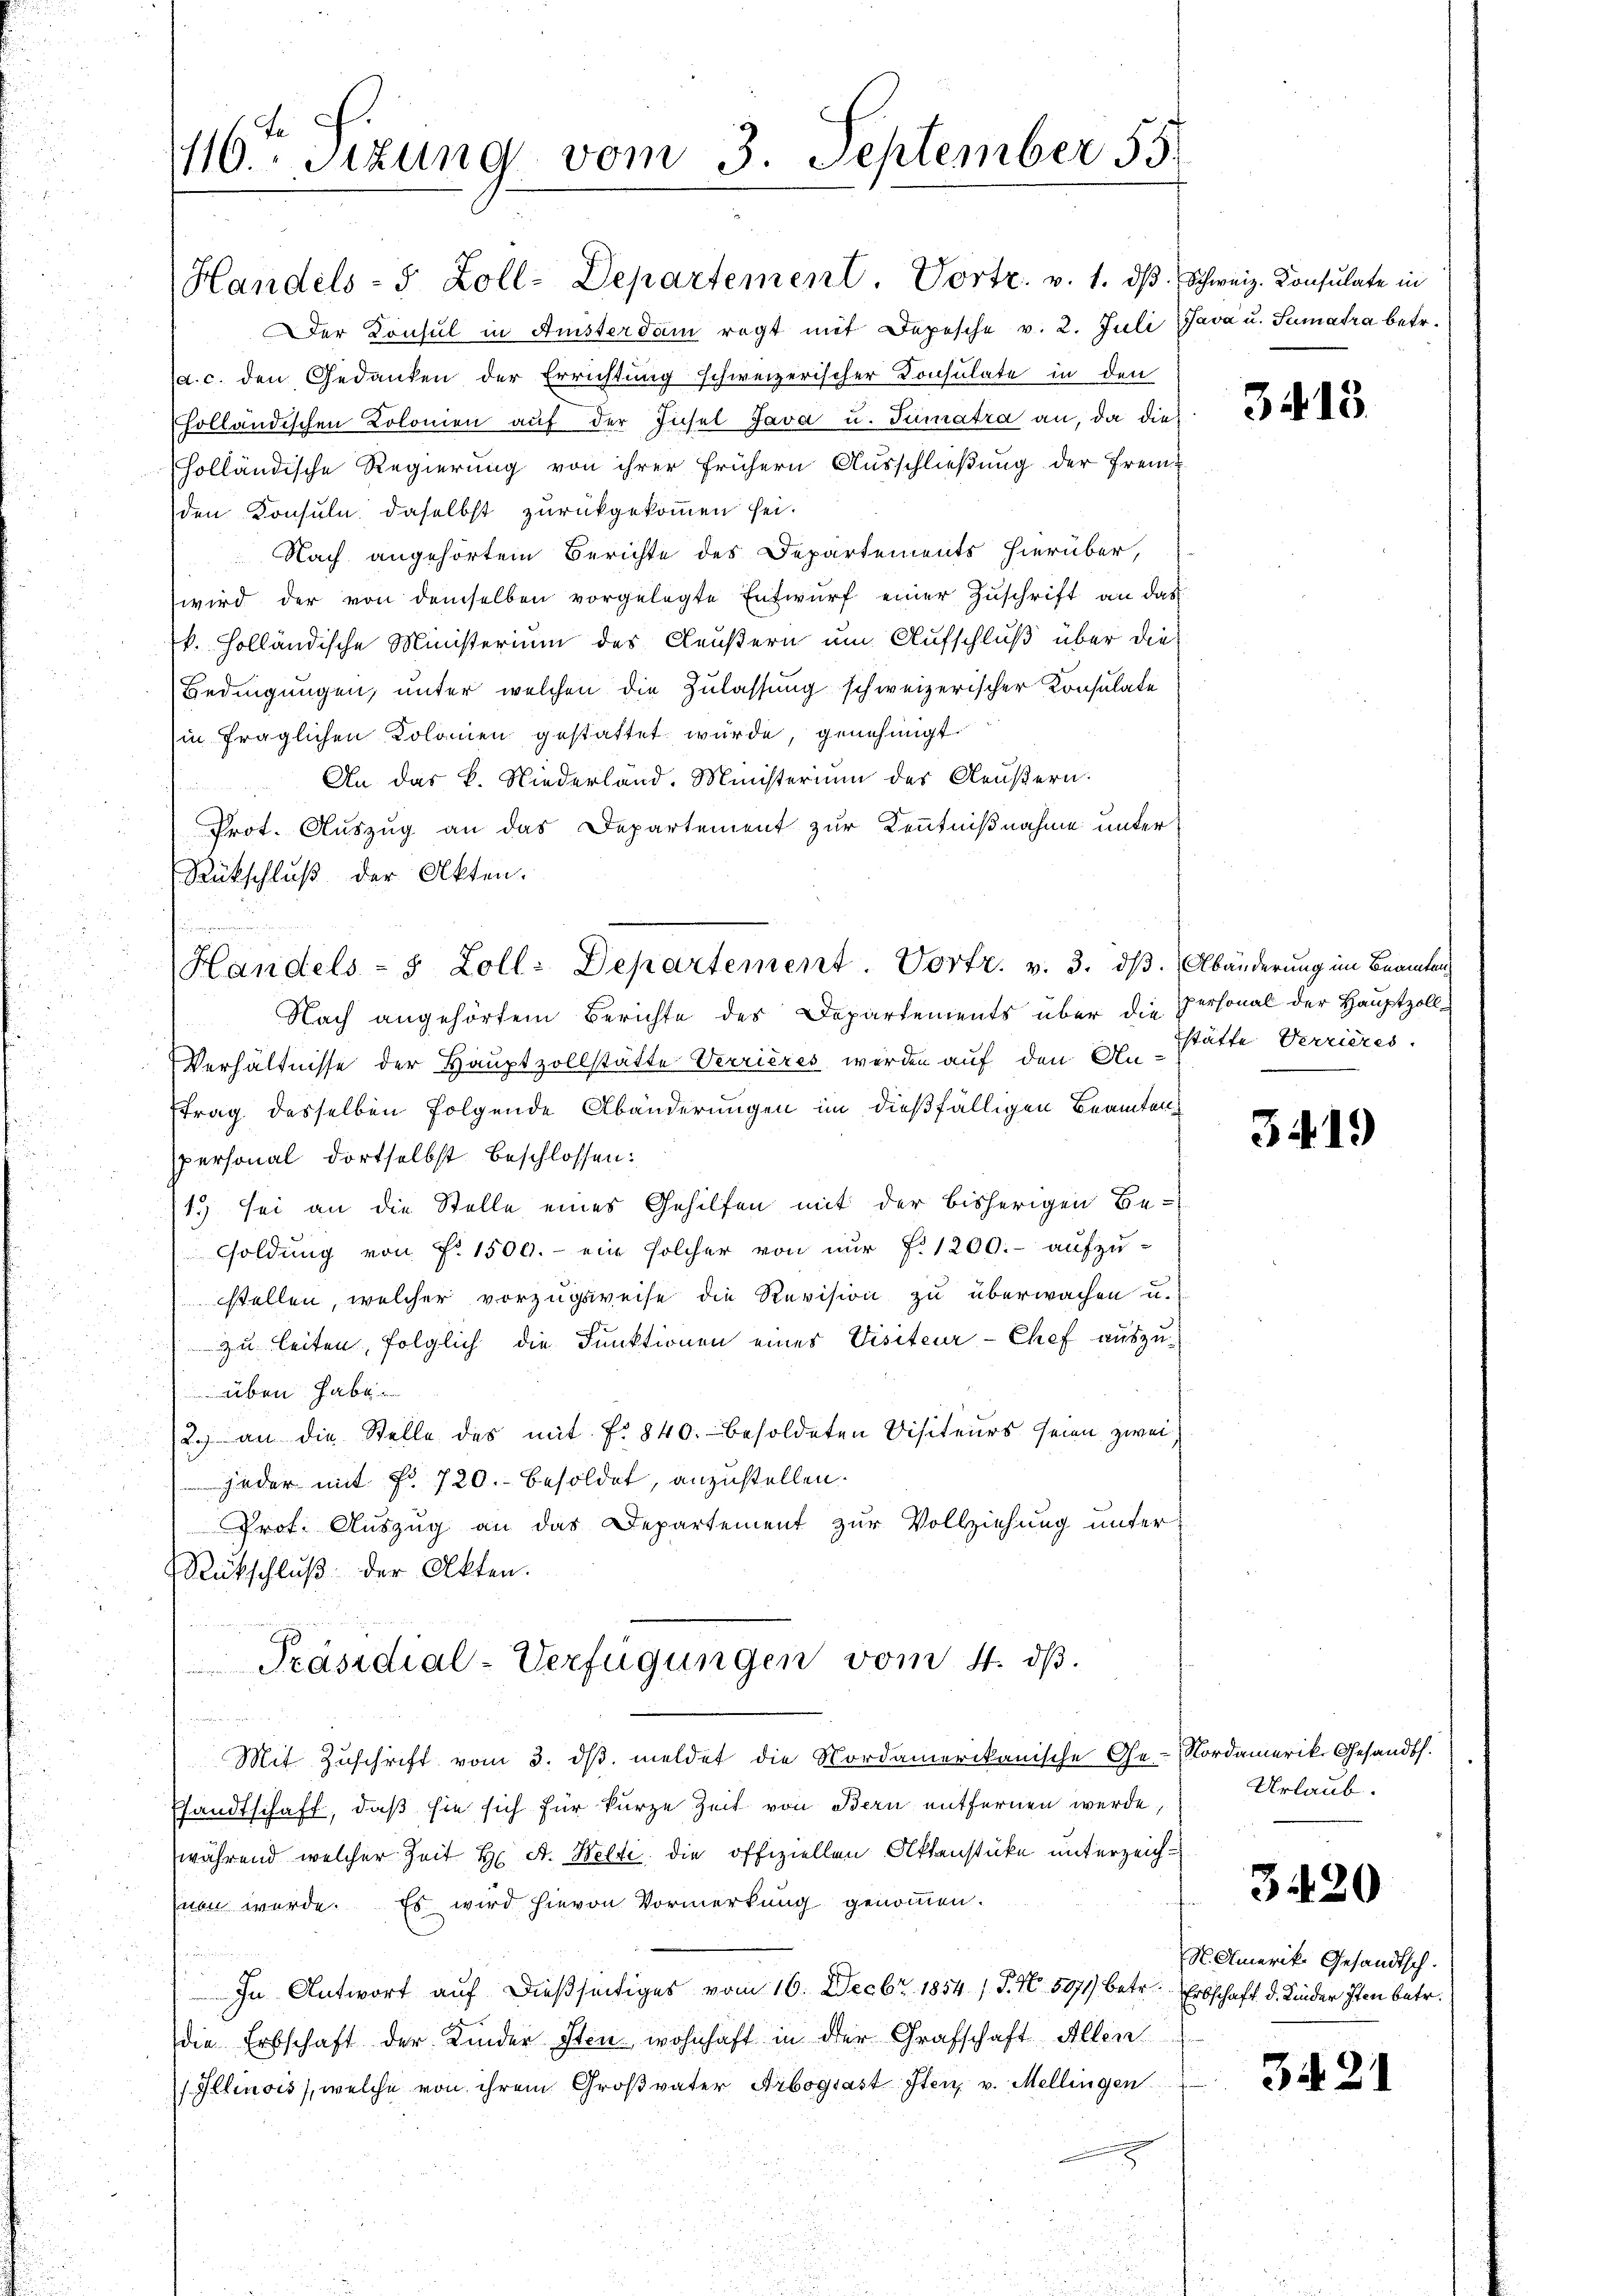
116ten Sizung vom 3. September 55.

Rückschluß der Akten.

Der Konsul in Ansterdam ragt mit Depesche v. 2. Juli (Java u. Sumatra betr.
(a. c. den Gedanken der Errichtung schweizerischer Consulate in den
holländischen Kolonien auf der Insel Java u. Tumatra an, da dieholländische Regierung von ihrer frühern Ausschließung der Fremden Konsuln, daselbst zurückgekommen sei.
Nach angehörtem Berichte des Departements hierüber,
wird der von demselben vorgelegte Entwŭrf einer Zŭschrift an das
k. Holländische Ministerium des Aeußern um Aufschluß über die
Bedingungen, unter welchen die Zulassung schweizerischer Konsulate
in fraglichen Kolonien gestattet wurde, genehmigt.
An das K. Niederland. Ministerium des Aeußern.

Prot. Auszug an das Departement zur Kenntnißnahme unter
Nach angehörtem Berichte des Departements über die Personal der Hauptzoll¬
Verhältnisse der Hauptzollstätte Verrieres werden auf den Anstätte Verrieres
trag desselben folgende Abänderungen im dießfälligen Beamten
spersonal dortselbst beschlossen:
1.) sei an die Stelle eines Gehilfen mit der bisherigen Be-
Goldung von Fr. 1500.- ein solcher von nur f. 1200.- aufzu-
stellen, welcher vorzugsweise die Revision zu überwachen u.
zu leiten, folglich die Funktionen eines Visiteur-Chef auszuüben habe
2. an die Stelle des mit No 840.- besoldeten Visiteurs seien zwei,
jeder mit Fr. 720. Besoldet, anzustellen.
Prof. Auszug an das Departement zur Vollziehung unter
Rückschluß der Akten.
un
Präsidial-Verfügungen vom 4. dβ.
Mit Zuschrift vom 3. ds. meldet die Nordamerikanische Ge-Nordamerik. Gesandth.
sandtschaft, daß sie sich für kurze Zeit von Bern entfernen werde,
während welcher Zeit Hr. A. Welti, die offiziellen Aktenstücke unterzeichhnen werde. Es wird hievon Vormerkung genommen.
In Antwort auf dießseitiges vom 16. Decbr. 1854 / P. Nr. 5071) betr. Erbschaft d. Kinder sten betr.
die Erbschaft der Kinder Iten wohnhaft in der Grafschaft Allen
Illinois), welche von ihrem Großvater Arbogsast Iten, v. Mellingen.

Handels- 5 Zoll-Departement. Vortr. v. 1. dβ Schweiz. Konsulate in

Handels- 5 Zoll: Departement. Vortr. v. 3. ds. Abänderung im Beamten

3415

3419

Urlaub.

3.420

Amerike Gesandtsch.

3421